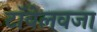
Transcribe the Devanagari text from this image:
टॉवेलवजा